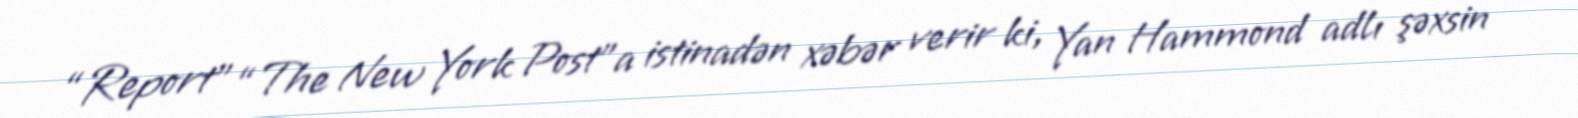
“Report” “The New York Post”a istinadən xəbər verir ki, Yan Hammond adlı şəxsin